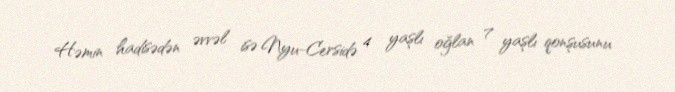
Həmin hadisədən əvvəl isə Nyu-Cersidə 4 yaşlı oğlan 7 yaşlı qonşusunu